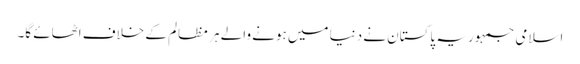
اسلامی جمہوریہ پاکستان نے دنیا میں ہونے والے ہر مظالم کے خلاف اٹھائے گا۔